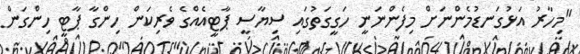
"މިހާރު އަޅުގަނޑުމެންނަށް މިފެންނަނީ ހަގީގަތުގައި ސިޔާސީ ޕާޓީއެއްގެ ވެރިކަން ހިންގާ ޕާޓީ ހިންގަން